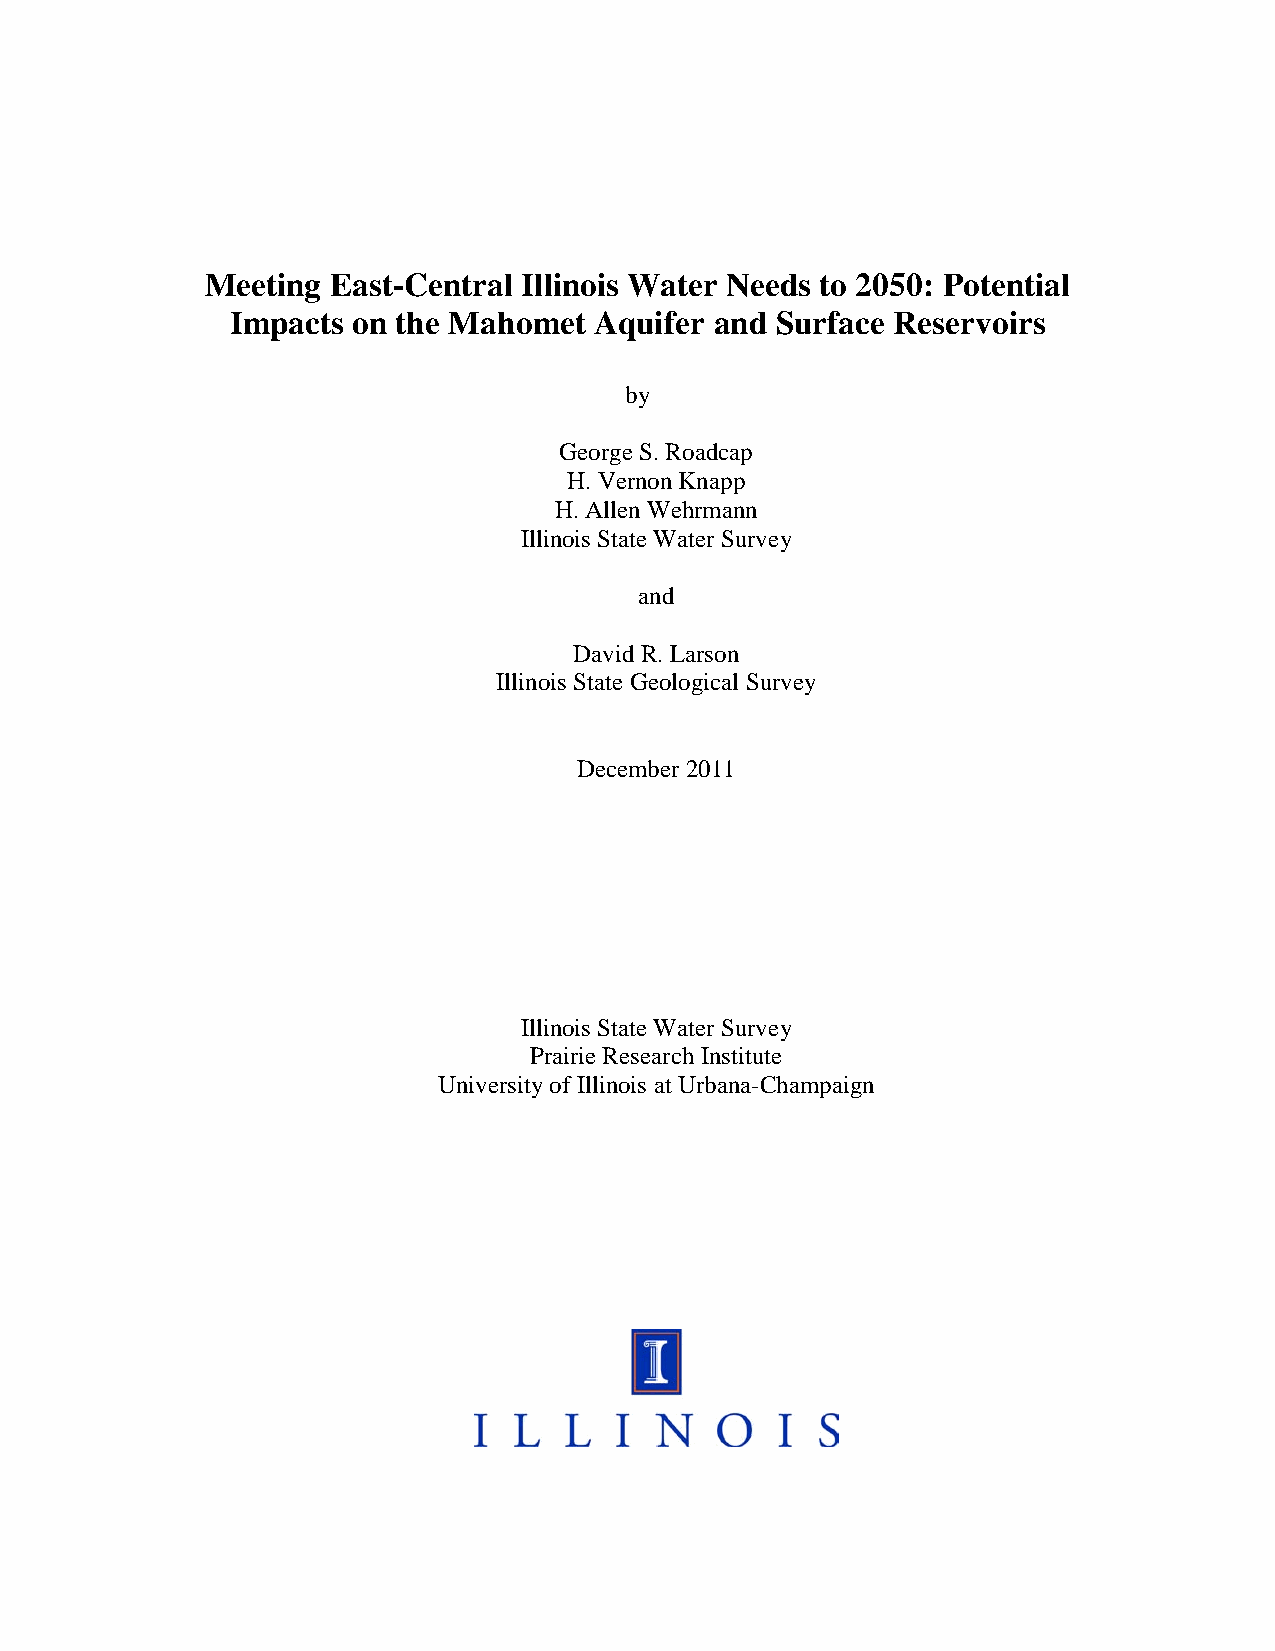
Meeting East-Central Illinois Water Needs to 2050: Potential
 Impacts on the Mahomet  Aquifer and Surface Reservoirs
 by
 George S. Roadcap
 H. Vernon Knapp
 H. Allen Wehrmann
 Illinois State Water Survey
 and
 David R. Larson
 Illinois State Geological Survey
 December 2011
 Illinois State Water Survey
 Prairie Research Institute
 University of Illinois at Urbana-Champaign